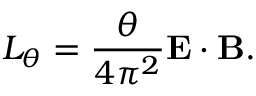
{ \cal L } _ { \theta } = \frac { \theta } { 4 \pi ^ { 2 } } { \bf E } \cdot { \bf B } .